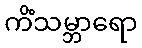
ကိံသမ္ဘာရော